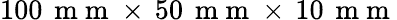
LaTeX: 100\, \mathrm{~m~m~}\times\, 50\, \mathrm{~m~m~}\times\, 10\, \mathrm{~m~m~}